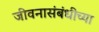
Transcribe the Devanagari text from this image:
जीवनासंबंधीच्या